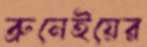
ব্রুনেইয়ের